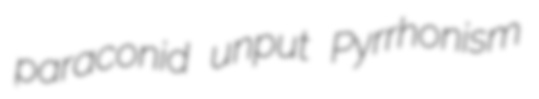
paraconid unput Pyrrhonism